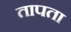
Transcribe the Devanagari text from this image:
तापता